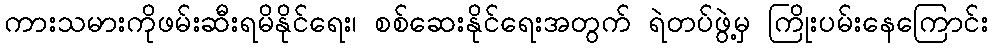
ကားသမားကိုဖမ်းဆီးရမိနိုင်ရေး၊ စစ်ဆေးနိုင်ရေးအတွက် ရဲတပ်ဖွဲ့မှ ကြိုးပမ်းနေကြောင်း